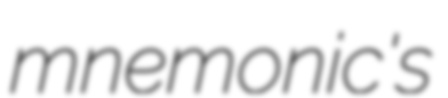
mnemonic's